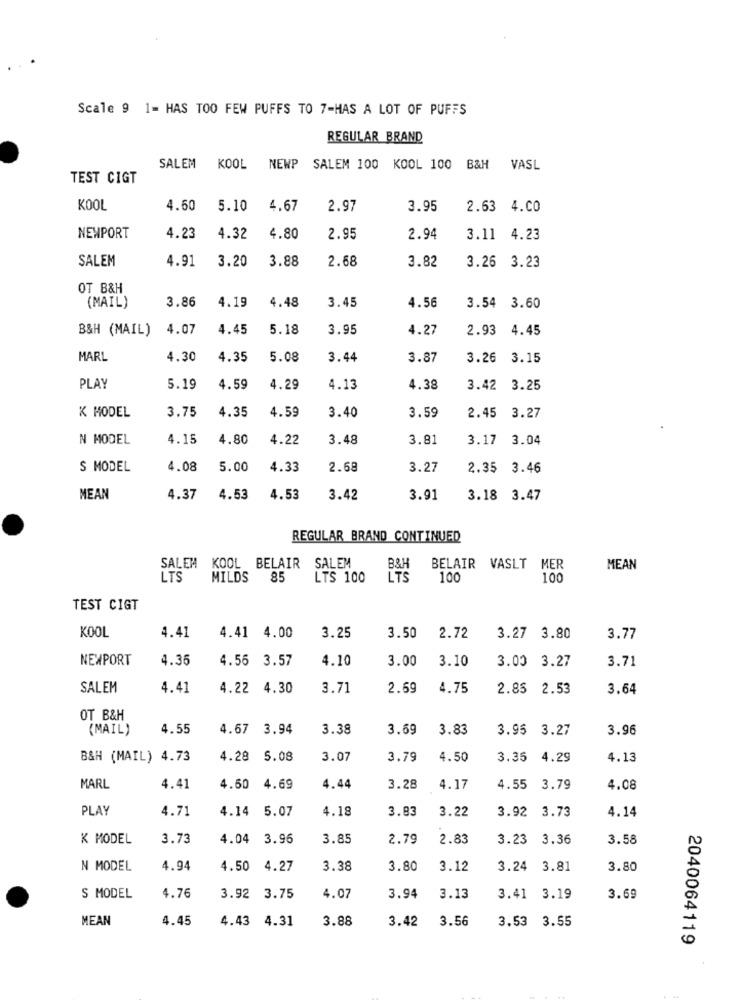
Scale 9 1- HAS TOO FEW PUFFS TO 7-HAS A LOT OF PUFFS
REGULAR BRAND
SALEM KOOL NEWP
SALEM 100 KOOL 100 B&H VASL
TEST CIGT
KOOL
4.60
5.10
4.67
2.97
3.95
2.63 4.CO
NEWPORT
4.23
4.32
4.80
2.95
2.94
3.11 4.23
SALEM
4.91
3.20
3.88
2.68
3.26 3.23
3.82
OT B&H
3.86
4.56
(MAIL)
4.19
4.48
3.45
3.54
3.60
B&H (MAIL)
4.07
4.45
5.18
3.95
4.27
2.93
4.45
MARL
4.30
4.35
5.08
3.44
3.87
3.26
3.15
PLAY
5.19
4.59
4.29
4.13
4.38
3.42 3.25
3.75
K MODEL
4.35
4.59
3.40
3.59
2.45
3.27
N MODEL
4.15
4.80
4.22
3.48
3.81
3.17
3.04
S MODEL
4.08
5.00
4.33
2.68
3.27
2.35 3.46
MEAN
4.37
4.53
4.53
3.42
3.91
3.18 3.47
REGULAR BRAND CONTINUED
SALEM KOOL BELAIR
SALEM
B&J
BELAIR VASLT MER
MEAN
LTS
MILDS
85
LTS 100
LTS
100
100
TEST CIGT
KOOL
4.41
4.41 4.00
3.25
3.50
2.72
3.27 3.80
3.77
NEWPORT
4.35
4.56 3.57
4.10
3.00
3.10
3.00 3.27
3.71
SALEM
4.41
4.22 4.30
3.71
2.69
4.75
2.85 2.53
3.64
OT B&H
(MAIL)
4.55
4.67
3.94
3.38
3.69
3.83
3.95 3.27
3.96
B&H (MAIL) 4.73
4.28
5.08
3.07
3.79
4.50
3.35
4.29
4.13
MARL
4.41
4.50 4.69
4.44
3.28
4.17
4.55
3.79
4.08
PLAY
4.71
4.14 5.07
4.18
3.83
3.22
3.92 3.73
4.14
K MODEL
3.73
4.04 3.96
3.85
2.79
2.83
3.23
3.36
3.58
N MODEL
4.94
4.50
4.27
3.38
3.80
3.12
3.24
3.81
3.80
S MODEL
4.76
3.92 3.75
4.07
3.94
3.13
3.41
3.19
3.69
MEAN
4.45
4.43 4.31
3.88
3.42
3.56
3.53 3.55
2040064119